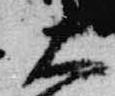
大